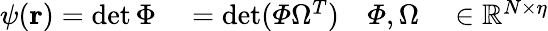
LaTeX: \begin{array}{rlrl}{\psi({\mathbf{r}})=\operatorname*{det}\Phi}&{{}=\operatorname*{det}(\varPhi\Omega^{T})}&{\varPhi,\Omega}&{{}\in\mathbb{R}^{N\times\eta}}\end{array}